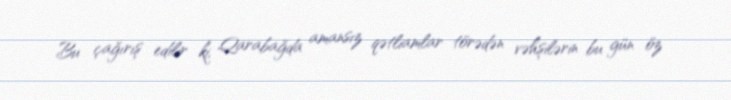
Bu çağırış edilir ki, Qarabağda amansız qətliamlar törədən vəhşilərin bu gün öz